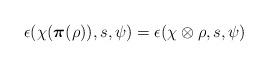
LaTeX: \begin{align*} \epsilon(\chi({\boldsymbol{\pi}}(\rho)),s,\psi) = \epsilon(\chi\otimes \rho,s,\psi)\end{align*}